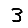
Digit: 3